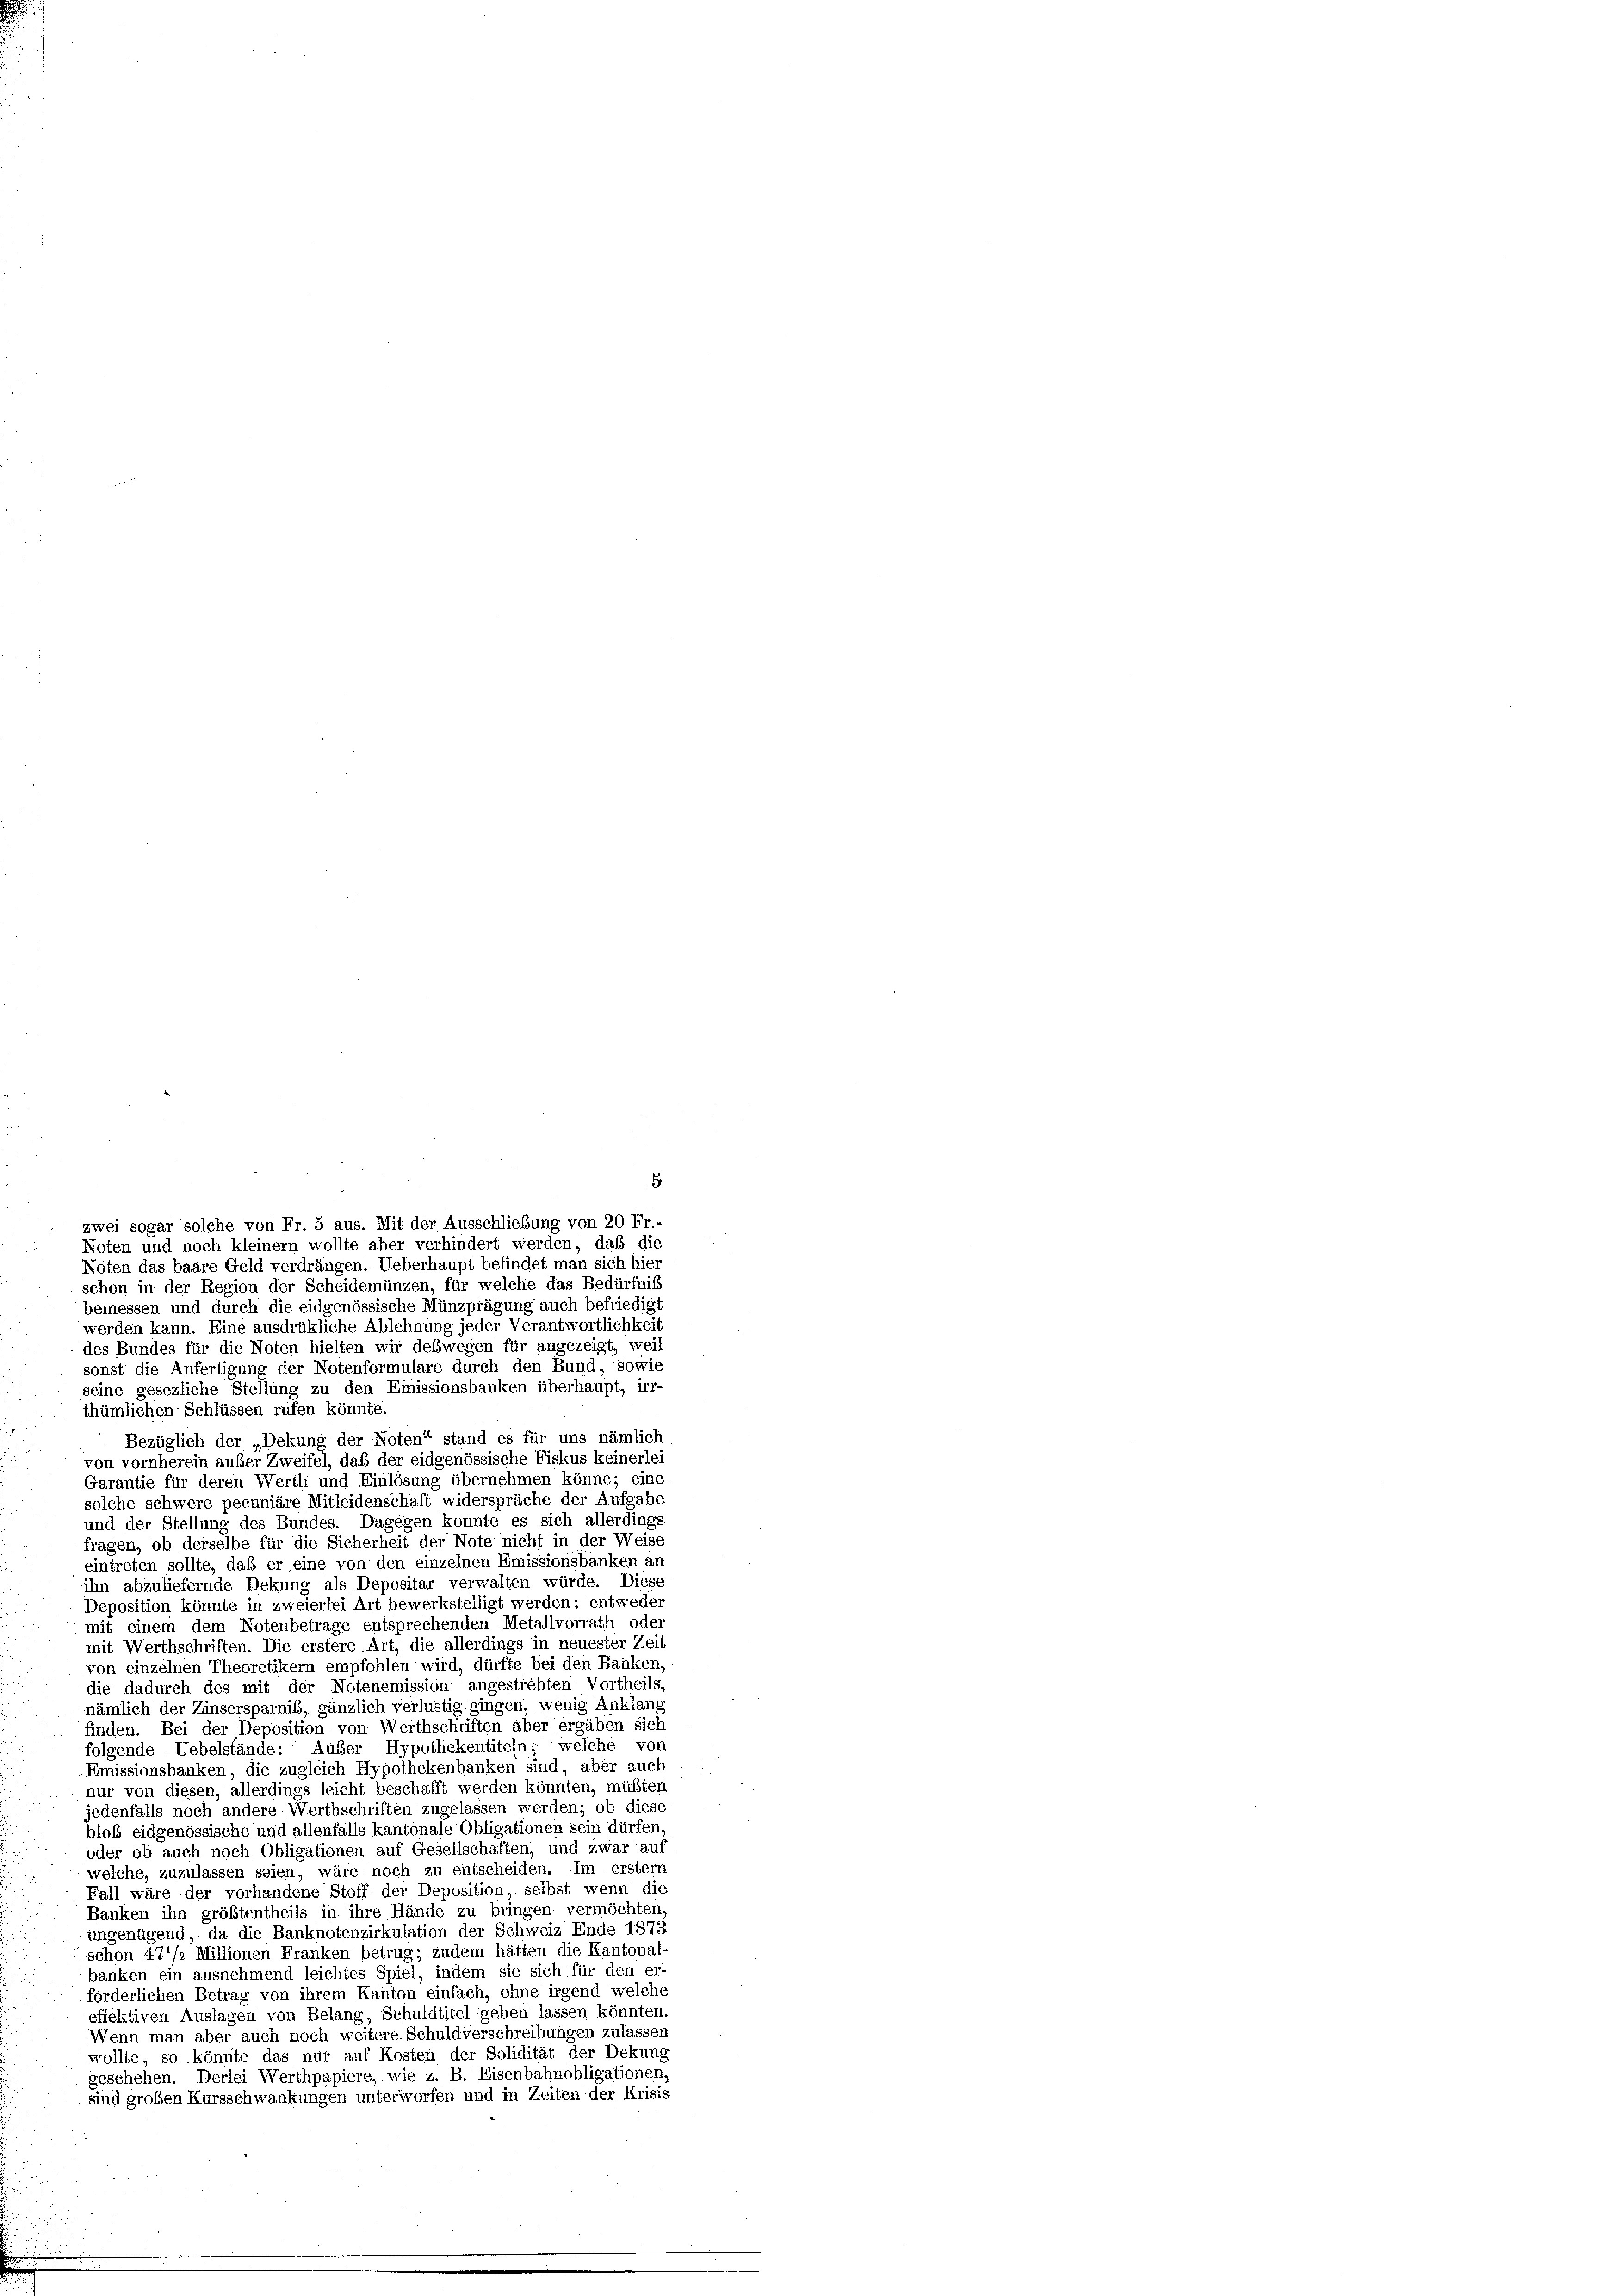
5.
zwei sogar solche von Fr. 5 aus. Mit der Ausschließung von 20 Fr.-
Noten und noch kleiner wollte aber verhindert werden, daß die
Nöten das baare Geld verdrängen. Ueberhaupt befindet man sich hier
schon in der Region der Scheidemünzen, für welche das Bedürfniß
bemessen und durch die eidgenössische Münzprägung auch befriedigt
werden kann. Eine ausdrükliche Ablehnung jeder Verantwortlichkeit
des Bundes für die Noten hielten wir deswegen für angezeigt, weil
sonst die Anfertigung der Notenformulare durch den Bund, sowie
seine gesezliche Stellung zu den Emissionsbanken überhaupt, irr-
thümlichen Schlüssen rufen könnte.
Bezüglich der „Dekung der Noten“ stand es für uns nämlich
von vornherein auber Zweifel, daß der eidgenössische Fiskus keinerlei
Garantie für deren Werth und Einlösung übernehmen könne; eine
solche schwere pecuniäre Mitleidenschaft widerspräche der Aufgabe
und der Stellung des Bundes. Dagegen könnte es sich allerdings
fragen, ob derselbe für die Sicherheit der Note nicht in der Weise
eintreten sollte, daß er eine von den einzelnen Emissionsbanken an
ihn abzuliefernde Dekung als Depositar verwalten würde. Diese
Deposition könnte in zweierlei Art bewerkstelligt werden: entweder
mit einem dem Notenbetrage entsprechenden Metallvorrath oder
mit Werthschriften. Die erstere Art, die allerdings in neuester Zeit
von einzelnen Theoretikern empfohlen wird, dürfte bei den Banken,
die dadurch des mit der Notenemission angestrebten Vortheils,
nämlich der Zinsersparnib, gänzlich verlustig gingen, wenig Anklang
finden. Bei der Deposition von Werthschriften aber ergäben sich
folgende Uebelstände: Außer Hypothekentiteln; welche von
Emissionsbanken, die zugleich Hypothekenbanken sind, aber auch
nur von diesen, allerdings leicht beschafft werden könnten, müßten
jedenfalls noch andere Werthschriften zugelassen werden; ob diese
bloß eidgenössische und allenfalls kantonale Obligationen sein dürfen
oder ob auch noch Obligationen auf Gesellschaften, und zwar auf
welche, zuzulassen seien, wäre noch zu entscheiden. Im erster
Fall wäre der vorhandene Stoff der Deposition, selbst wenn die
Banken ihn größtentheils in ihre Hände zu bringen vermöchten,
ungenügend, da die Banknotenzirkulation der Schweiz Ende 1873
schon 471/2 Millionen Franken betrug; zudem hätten die Kantonal-
banken ein ausnehmend leichtes Spiel, indem sie sich für den er-
forderlichen Betrag von ihrem Kanton einfach, ohne irgend welche
eflektiven Auslagen von Belang, Schuldtitel geben lassen könnten.
Wenn man aber auch noch weitere Schuldverschreibungen zulassen
wollte, so könnte das nur auf Kosten der Solidität der Dekung
geschehen. Derlei Werthpapiere, wie z. B. Eisenbahnobligationen,
sind großen Kursschwankungen unterworfen und in Zeiten der Krisis